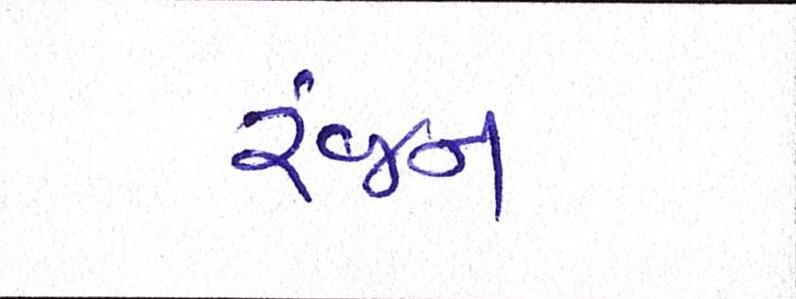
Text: રંજન